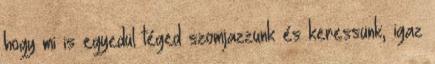
hogy mi is egyedül téged szomjazzunk és keressünk, igaz